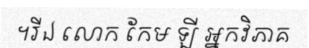
។រីឯ លោក កែម ឡី អ្នកវិភាគ